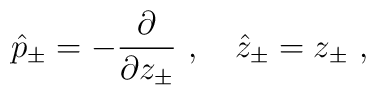
\hat{p}_\pm=-\frac{\partial}{\partial z_\pm}~,~~~\hat{z}_\pm=z_\pm~,